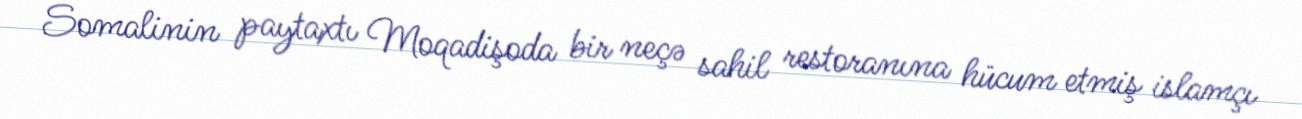
Somalinin paytaxtı Moqadişoda bir neçə sahil restoranına hücum etmiş islamçı